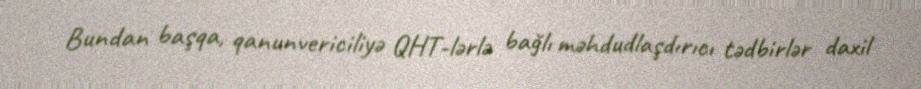
Bundan başqa, qanunvericiliyə QHT-lərlə bağlı məhdudlaşdırıcı tədbirlər daxil